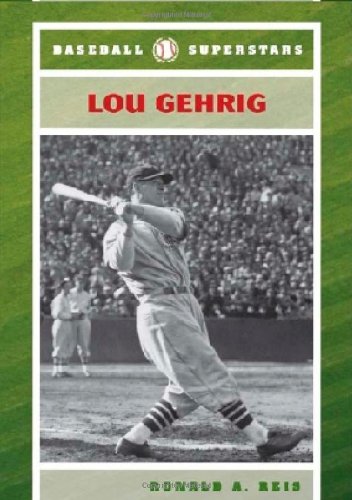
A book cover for Lou Gehrig (Baseball Superstars); Ronald A. Reis; Teen & Young Adult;